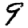
Digit: 9